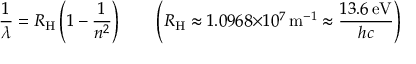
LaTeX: { \frac { 1 } { \lambda } } = R _ { \mathrm { H } } \left( 1 - { \frac { 1 } { n ^ { 2 } } } \right) \qquad \left( R _ { \mathrm { H } } \approx 1 . 0 9 6 8 { \times } 1 0 ^ { 7 } \, { \mathrm { m } } ^ { - 1 } \approx { \frac { 1 3 . 6 \, { \mathrm { e V } } } { h c } } \right)